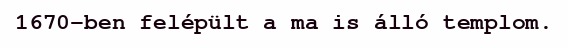
1670-ben felépült a ma is álló templom.